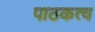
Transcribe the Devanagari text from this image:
पाठकत्व